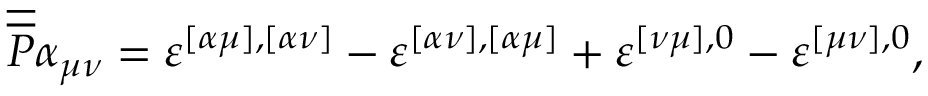
\overline { { { \overline { { { P } } } } } } \alpha _ { \mu \nu } = \varepsilon ^ { [ \alpha \mu ] , [ \alpha \nu ] } - \varepsilon ^ { [ \alpha \nu ] , [ \alpha \mu ] } + \varepsilon ^ { [ \nu \mu ] , 0 } - \varepsilon ^ { [ \mu \nu ] , 0 } ,